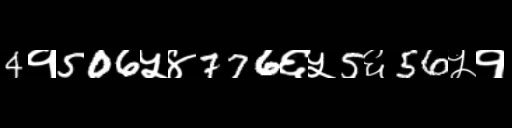
Text: 4१506५४776६५5६56५१